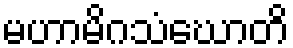
မဟာမိဂသံဃောတိ